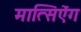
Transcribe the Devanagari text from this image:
मात्सिऐंग